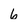
Character: 6